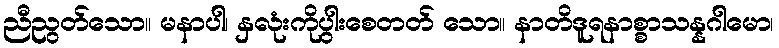
ညီညွတ်သော။ မနာပါ၊ နှလုံးကိုပွါးစေတတ် သော။ နာတိဒူရနာစ္စာသန္နဂါမော၊